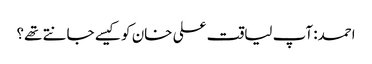
احمد: آپ لیاقت علی خان کو کیسے جانتے تھے؟